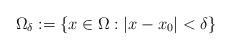
LaTeX: \begin{align*}\Omega_\delta := \{x \in \Omega: |x - x_0| < \delta\}\end{align*}